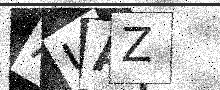
Text: AUAZ